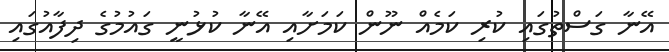
އޭނާ ގަސްތުގައި ކުރި ކަމެއް ނޫން ކަމަށާއި އޭނާ ކުޅުނީ ގައުމުގެ ދިފާއުގައި